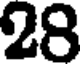
28